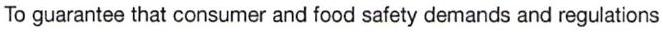
To guarantee that consumer and food safety demands and regulations